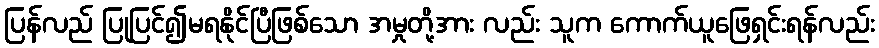
ပြန်လည် ပြုပြင်၍မရနိုင်ပြီဖြစ်သော အမှုတို့အား လည်း သူက ကောက်ယူဖြေရှင်းရန်လည်း